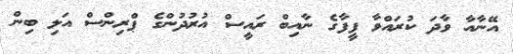
އޭނާއާ ވާދަ ކުރައްވާ ފީފާގެ ނާއިބް ރައީސް އުރުދުންގެ ޕްރިންސް އަލި ބިން